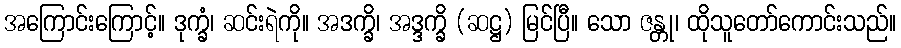
အကြောင်းကြောင့်။ ဒုက္ခံ၊ ဆင်းရဲကို။ အဒက္ခိ၊ အဒ္ဒက္ခိ (ဆဋ္ဌ) မြင်ပြီ။ သော ဇန္တု၊ ထိုသူတော်ကောင်းသည်။